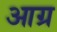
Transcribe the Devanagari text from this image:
आग्र